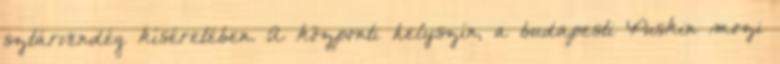
sztárvendég kíséretében. A központi helyszín, a budapesti Puskin mozi